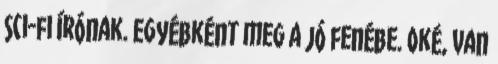
sci-fi írónak. Egyébként meg a jó fenébe. oké, van